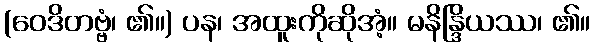
(ဝေဒိတဗ္ဗံ၊ ၏။) ပန၊ အထူးကိုဆိုအံ့။ မနိန္ဒြိယဿ၊ ၏။